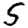
Digit: 5